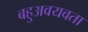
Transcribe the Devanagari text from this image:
बहुअवयवता